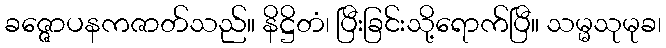
ခဇ္ဇောပနကဇာတ်သည်။ နိဋ္ဌိတံ၊ ပြီးခြင်းသို့ရောက်ပြီ။ သမ္မသုမုခ၊